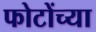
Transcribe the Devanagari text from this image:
फोटोंच्या